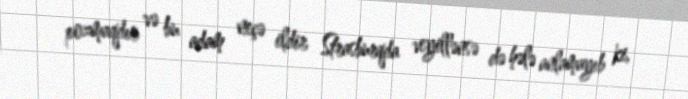
pozmaqdır və bu adam neçə ildir Strasburqda veyillənsə də hələ anlamayıb ki,